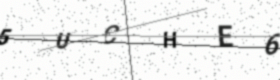
Text: 5UCHE6